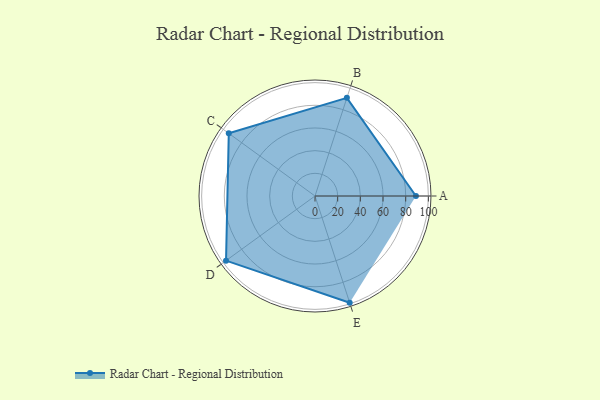
{"axis": {"x": "Skill", "y": "Score"}, "legend": ["Profile"], "data": [{"x": "A", "y": 89.0, "type": "Profile"}, {"x": "B", "y": 91.0, "type": "Profile"}, {"x": "C", "y": 94.0, "type": "Profile"}, {"x": "D", "y": 97.0, "type": "Profile"}, {"x": "E", "y": 99, "type": "Profile"}]}